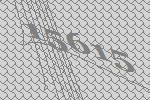
15615